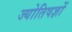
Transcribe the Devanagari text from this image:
ज्योतिषज्ञों